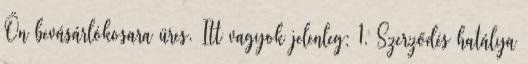
Ön bevásárlókosara üres. Itt vagyok jelenleg: 1. Szerződés hatálya